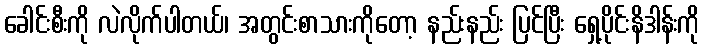
ခေါင်းစီးကို လဲလိုက်ပါတယ်၊ အတွင်းစာသားကိုတော့ နည်းနည်း ပြင်ပြီး ရှေ့ပိုင်းနိဒါန်းကို